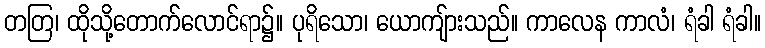
တတြ၊ ထိုသို့တောက်လောင်ရာ၌။ ပုရိသော၊ ယောကျ်ားသည်။ ကာလေန ကာလံ၊ ရံခါ ရံခါ။